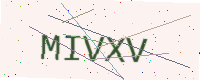
Text: MIVXV